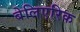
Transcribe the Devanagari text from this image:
बेलिएरिक